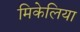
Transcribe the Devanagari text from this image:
मिकेलिया